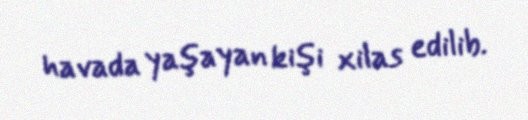
havada yaşayan kişi xilas edilib.